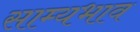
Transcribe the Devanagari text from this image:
साम्यभाव